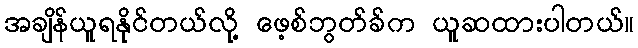
အချိန်ယူရနိုင်တယ်လို့ ဖေ့စ်ဘွတ်ခ်က ယူဆထားပါတယ်။